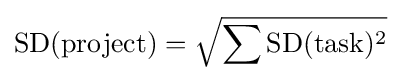
\operatorname {SD} ({\text{project}})={\sqrt {\sum {\operatorname {SD} ({\text{task}})^{2}}}}